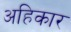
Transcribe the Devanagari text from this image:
अहिकार